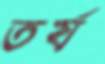
তর্য